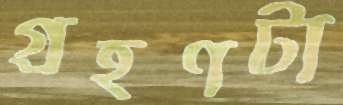
গ্রহণটা